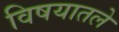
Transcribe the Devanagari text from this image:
विषयातले